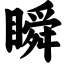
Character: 瞬